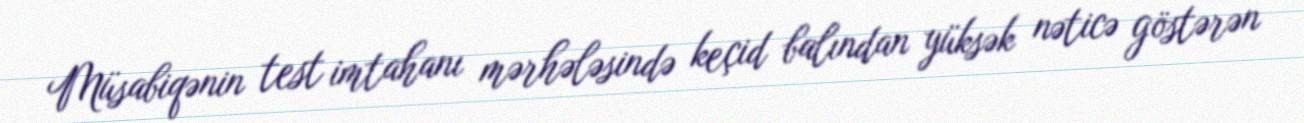
Müsabiqənin test imtahanı mərhələsində keçid balından yüksək nəticə göstərən